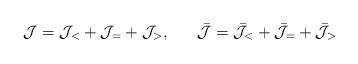
LaTeX: \begin{align*}{\cal J}={\cal J}_<+{\cal J}_=+{\cal J}_>,~~~~~\bar{\cal J}=\bar{\cal J}_< +\bar{\cal J}_=+\bar{\cal J}_>\end{align*}